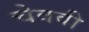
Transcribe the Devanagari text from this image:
चेववी